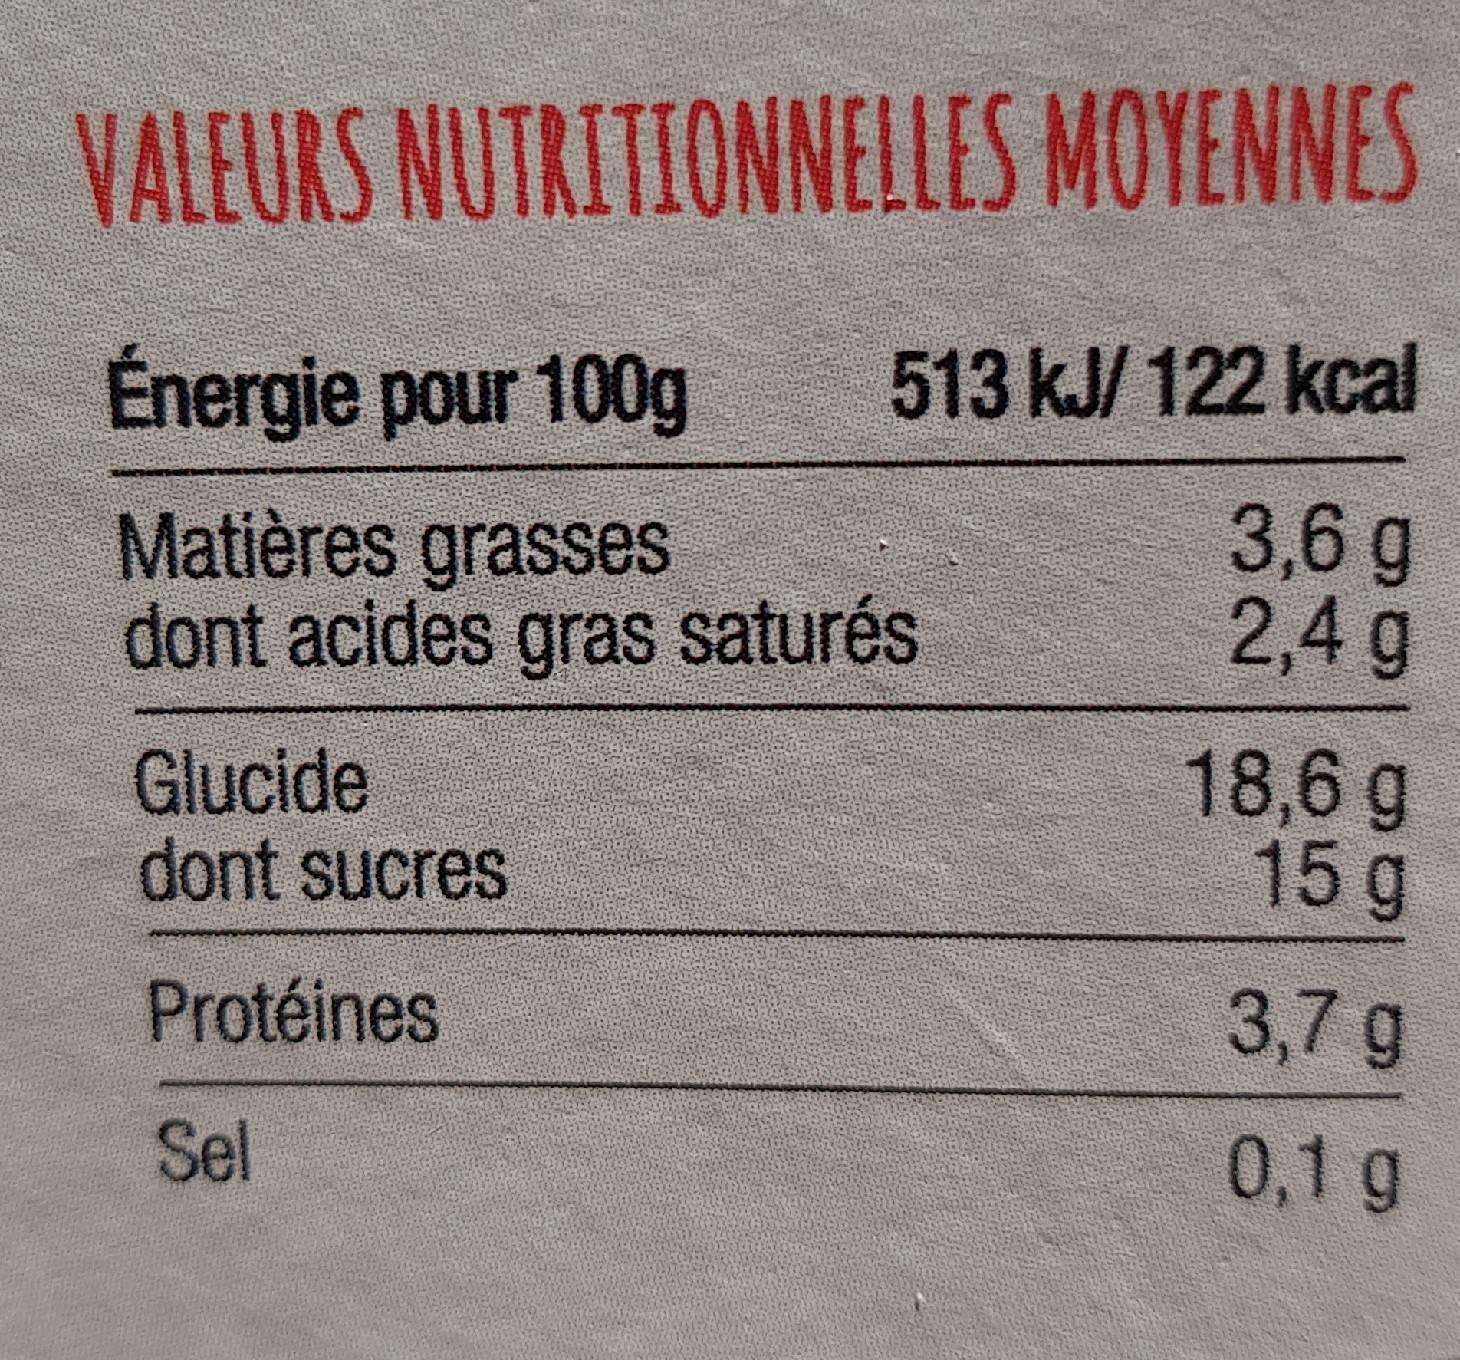
VALEURS NUTRITIONNELLES MOYENNES
Énergie pour 100g
Matières grasses
dont acides gras saturés
Glucide
dont sucres
Protéines
Sel
513 kJ/ 122 kcal
3,6 g 2,4 g
18,6 g
15 g
3,7 g
0,1 g